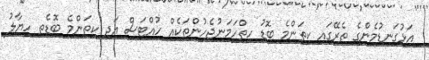
އަޅުގަނޑުމެންގެ ތެރޭގައި ކިތަންމެ ބޮޑު ހިތްހަމަނުޖެހުންތަކެއް ހުއްޓަސް އަދި ކިތަންމެ ބޮޑެތި ހިޔާލު